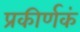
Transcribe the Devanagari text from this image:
प्रकीर्णकं